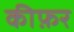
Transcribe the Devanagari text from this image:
कीफ़र